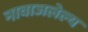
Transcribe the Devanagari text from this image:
नावाजलेल्य